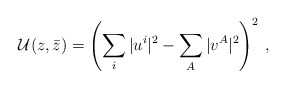
\begin{align*}{\cal U}(z,\bar z)=\left(\sum_i\vert u^i\vert^2-\sum_A\vert v^A\vert^2\right)^2\,,\end{align*}